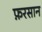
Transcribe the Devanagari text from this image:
फ़रसान